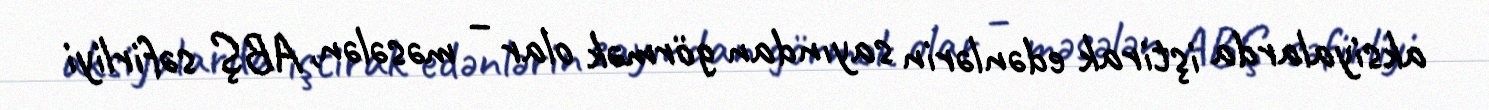
aksiyalarda iştirak edənlərin sayından görmək olar – məsələn, ABŞ səfirliyi